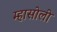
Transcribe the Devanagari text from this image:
म्हासोली